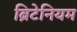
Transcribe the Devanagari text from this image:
ब्रिटेनियम